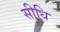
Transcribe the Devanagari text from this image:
सीधि